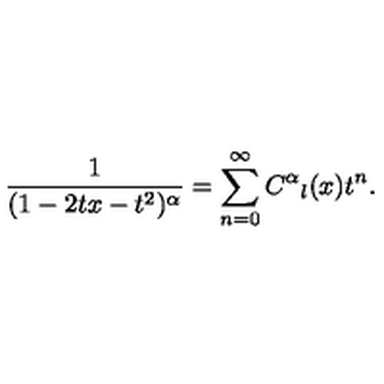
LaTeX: \frac { 1 } { ( 1 - 2 t x - t ^ { 2 } ) ^ { \alpha } } = \sum _ { n = 0 } ^ { \infty } C ^ { \alpha } { } _ { l } ( x ) t ^ { n } .